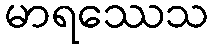
မာရဿေသ